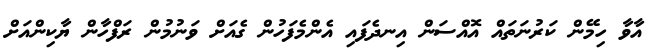
އާވާ ހިމޭން ކަރުނަތައް އޮއްސަން އިނދެފައި އެންމެފަހުން ގެއަށް ވަނުމުން ރަފްހާން ޔާކިންއަށް